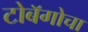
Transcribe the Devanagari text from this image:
टोबॅगोचा